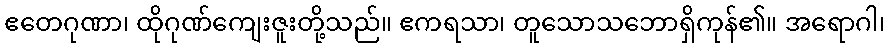
ဧတေဂုဏာ၊ ထိုဂုဏ်ကျေးဇူးတို့သည်။ ဧကရသာ၊ တူသောသဘောရှိကုန်၏။ အရောဂါ၊